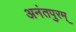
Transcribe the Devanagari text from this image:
अनंतपुरम्